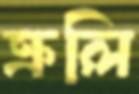
ক্রলি